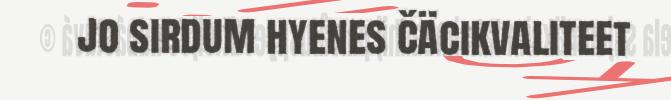
jo sirdum hyenes čäcikvaliteet